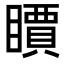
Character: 𥋣